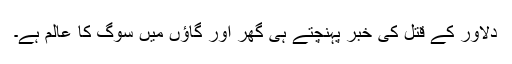
دلاور کے قتل کی خبر پہنچتے ہی گھر اور گاؤں میں سوگ کا عالم ہے۔